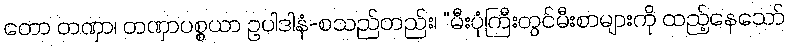
တော တဏှာ၊ တဏှာပစ္စယာ ဥပါဒါနံ-စသည်တည်း၊ “မီးပုံကြီးတွင်မီးစာများကို ထည့်နေသော်